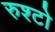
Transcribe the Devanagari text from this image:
रुश्टो